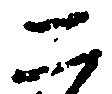
二